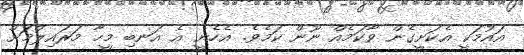
އައުމަކީ އެކަށީގެން ވާކަމެއް ނޫން ކަމެވެ. އެހެނީ އެ އަނބި މީހާ މަރައިލުމަށް